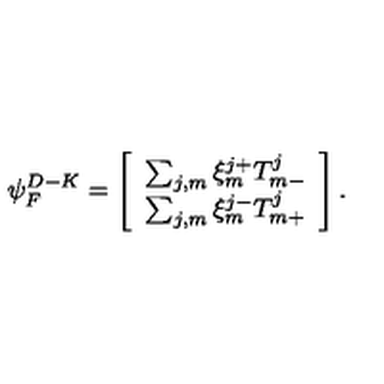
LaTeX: { \psi } _ { F } ^ { D - K } = \left[ \begin{array} { c } { \sum _ { j , m } \xi _ { m } ^ { j + } T _ { m - } ^ { j } } \\ { \sum _ { j , m } \xi _ { m } ^ { j - } T _ { m + } ^ { j } } \\ \end{array} \right] .